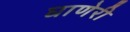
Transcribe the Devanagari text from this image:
घाणेरी